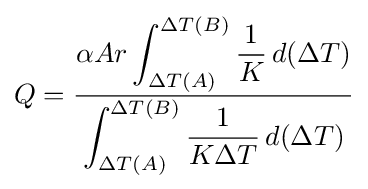
Q={\frac {\alpha Ar\displaystyle \int _{\Delta T(A)}^{\Delta T(B)}{\frac {1}{K}}\,d(\Delta T)}{\displaystyle \int _{\Delta T(A)}^{\Delta T(B)}{\frac {1}{K\Delta T}}\,d(\Delta T)}}